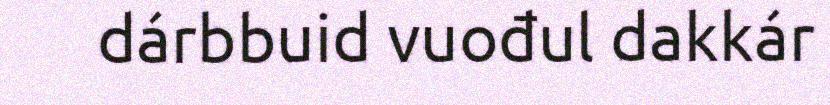
dárbbuid vuođul dakkár